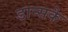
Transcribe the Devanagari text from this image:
डान्सके